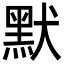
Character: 默